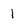
Character: 1